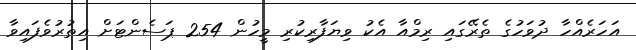
އަހަރެއްހާ ދުވަހުގެ ތެރޭގައި ރިމްއާ އެކު ވިޔަފާރިކުރި މީހުން 254 ޕަސެންޓަށް އިތުރުވެފައިވާ